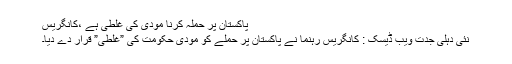
پاکستان پر حملہ کرنا مودی کی غلطی ہے ،کانگریس
نئی دہلی جدت ویب ڈیسک : کانگریس رہنما نے پاکستان پر حملے کو مودی حکومت کی ”غلطی” قرار دے دیا۔